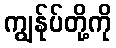
ကျွန်ုပ်တို့ကို